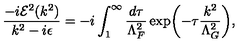
\frac { - i { \cal E } ^ { 2 } ( k ^ { 2 } ) } { k ^ { 2 } - i \epsilon } = - i \int _ { 1 } ^ { \infty } \frac { d \tau } { \Lambda _ { F } ^ { 2 } } \exp \biggl ( - \tau \frac { k ^ { 2 } } { \Lambda _ { G } ^ { 2 } } \biggr ) ,